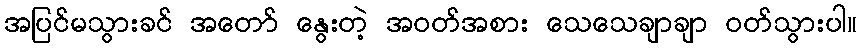
အပြင်မသွားခင် အတော် နွေးတဲ့ အဝတ်အစား သေသေချာချာ ဝတ်သွားပါ။